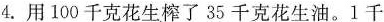
4. 用100千克花生榨了 35 千克花生油。1 千